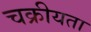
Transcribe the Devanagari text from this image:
चक्रीयता